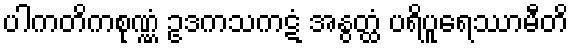
ပါကတိကစုဏ္ဏံ ဥဒကသကဋံ အနွတ္ထံ ပရိပူရေဿာမီတိ